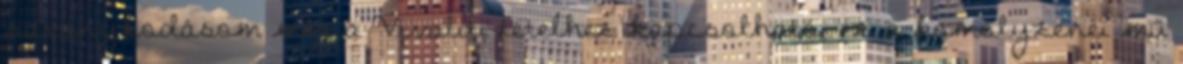
savanykodásom még a Vivaldi-tételhez kapcsolható, ez a komolyzenei mű